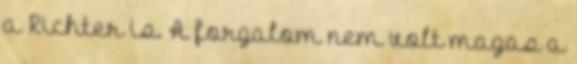
a Richter is. A forgalom nem volt magas a